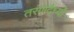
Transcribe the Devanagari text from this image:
तरंगादैर्ध्यों